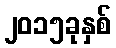
၂၀၁၅ခုနှစ်